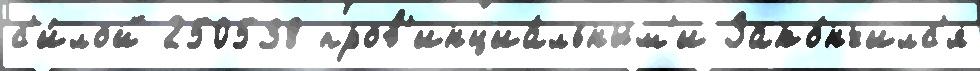
с'и́лой 250538 пров'инциа́льным'и Зако́нчилс'я